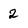
Character: 2